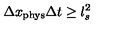
\Delta x _ { \mathrm { p h y s } } \Delta t \geq l _ { s } ^ { 2 }